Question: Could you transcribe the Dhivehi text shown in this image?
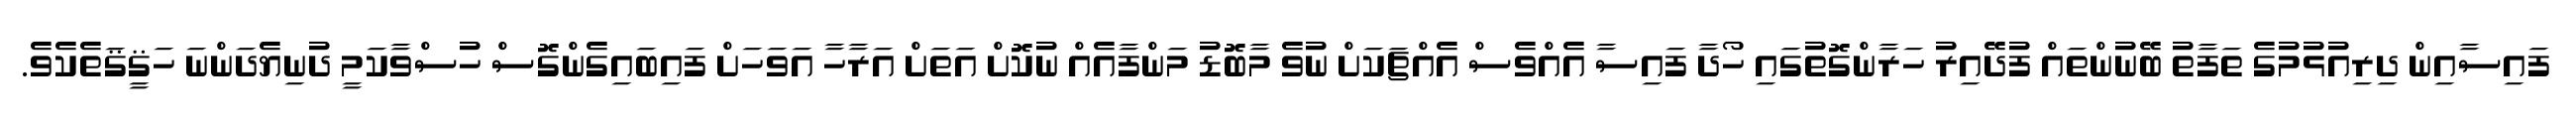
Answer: ފައިސާއިން ދިރިއުޅުމުގެ ތަފާތު ބޭނުންތައް ފުދޭއިރު ހަރާންގޮތުގައި ހޯދާ ފައިސާ އެއްވެސް އެއްޗަކަށް ނުވެ މާބޮޑު މަންފާއެއް ނުކޮށް އަތަށް އަރާހާ އަވަހަށް ފައިބައިގެންގޮސް ހުސްވާކަމީ ދުނިޔެދަންނަ ހަޤީޤަތެކެވެ.